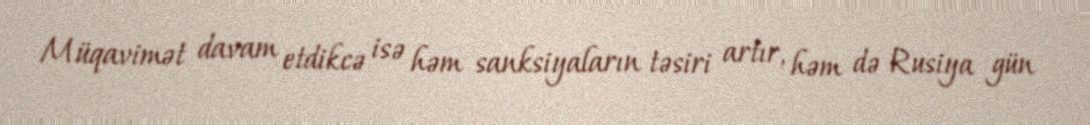
Müqavimət davam etdikcə isə həm sanksiyaların təsiri artır, həm də Rusiya gün